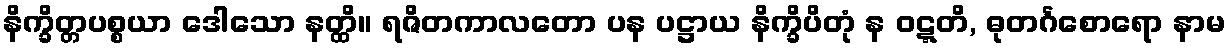
နိက္ခိတ္တပစ္စယာ ဒေါသော နတ္ထိ။ ရဇိတကာလတော ပန ပဋ္ဌာယ နိက္ခိပိတုံ န ဝဋ္ဋတိ, ဓုတင်္ဂစောရော နာမ